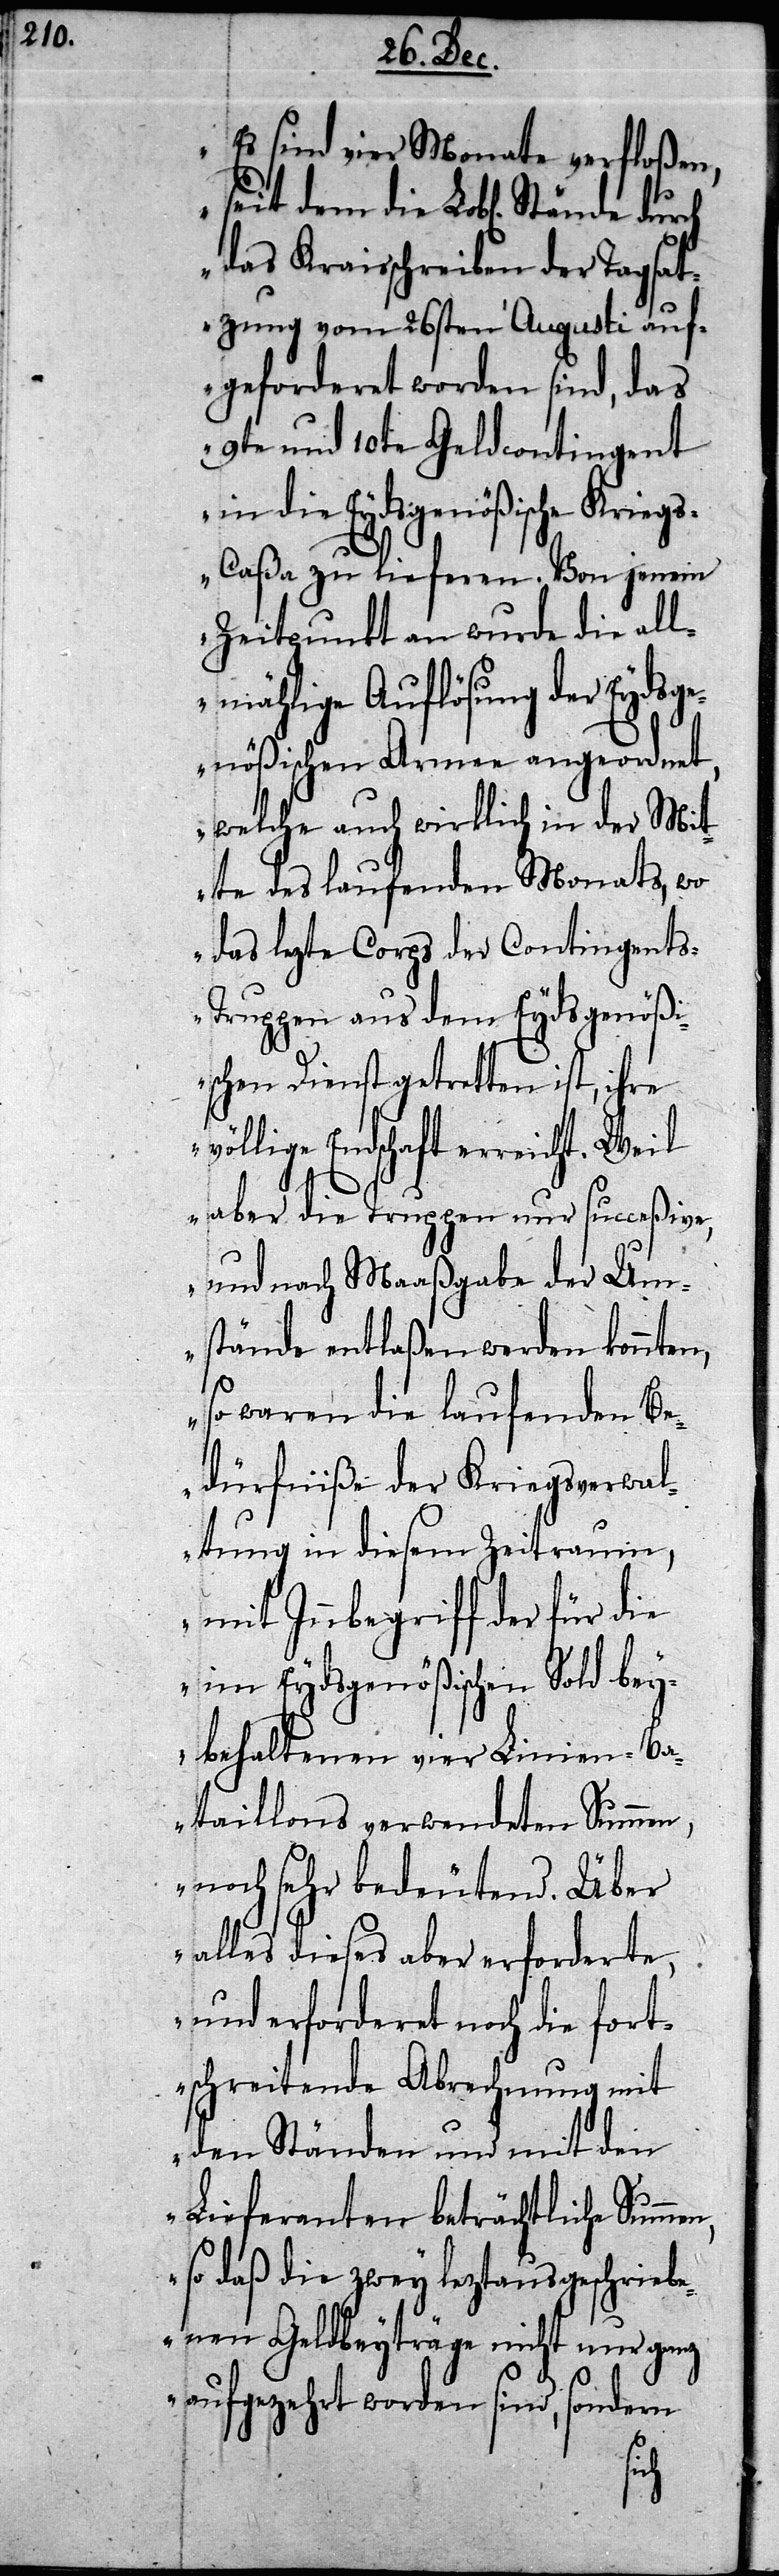
„Es sind vier Monate verfloßen,
seit dem die L. Stände durch
das Kraisschreiben der Tagsat¬
zung vom 26sten Augusti auf¬
gefordertet worden sind, das
9te und 10te Geldcontingent
in die Eydsgenößische Krieg¬
s-Caßa zu lieferen. Von jenem
Zeitpunkt an wurde die all¬
mählige Auflösung der Eydsge¬
nößischen Armee angeordnet,
welche auch wirklich in der Mit¬
te des laufenden Monats, wo
das lezte Corps der Contingent¬
s-Truppen aus dem Eydsgenößi¬
schen Dienst getretten ist,
völlige Endschaft erreicht. Weil
aber die Truppen nur succeßive,
und nach Maaßgabe der Um¬
stände entlaßen werden konnten,
so waren die laufenden Be¬
dürfniße der Kriegsverwal¬
tung in diesem Zeitraum,
mit Innbegriff der für die
im Eydsgenößischen Sold bey¬
behaltenen vier Linien-Ba¬
taillons verwendeten Summen,
noch sehr bedeutend. Über
alles dieses aber erforderte,
und erforderet noch die fort¬
schreitende Abrechnung mit
den Ständen und mit den
Lieferanten beträchtliche Summ¬
so daß die zwey leztausgeschriebe¬
nen Geldbeyträge nicht nur ganz
aufgezehrt worden sind, sondern
en,